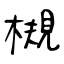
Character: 槻